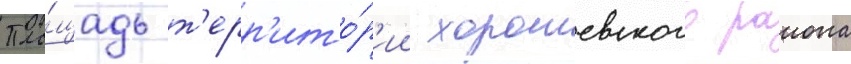
Пло́щадь т'ерр'ито́р'ии хорошевского раиона